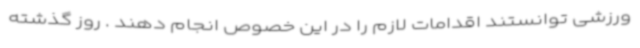
ورزشی توانستند اقدامات لازم را در این خصوص انجام دهند . روز گذشته